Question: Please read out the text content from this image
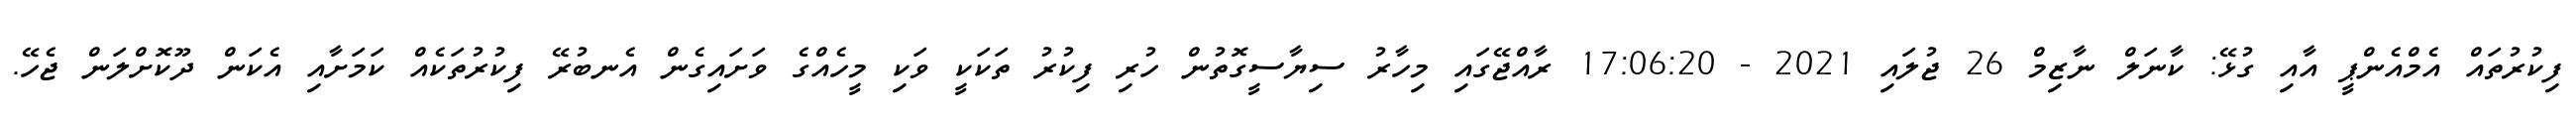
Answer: ފިކުރުތައް އެމްއެންޕީ އާއި ގުޅޭ: ކާނަލް ނާޒިމް 26 ޖުލައި 2021 - 17:06:20 ރާއްޖޭގައި މިހާރު ސިޔާސީގޮތުން ހުރި ފިކުރު ތަކަކީ ވަކި މީހެއްގެ ވަށައިގެން އެނބުރޭ ފިކުރުތަކެއް ކަމަށާއި އެކަން ދޫކޮށްލަން ޖެހޭ.